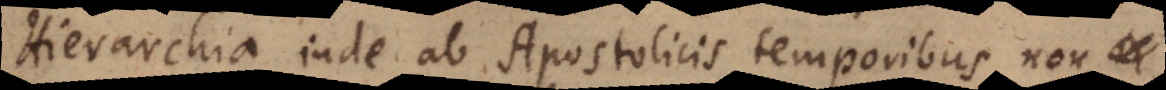
Hierarchia inde ab Apostolicis temporibus non